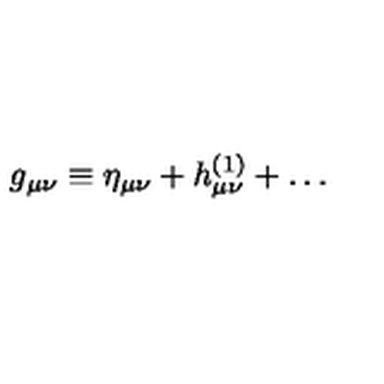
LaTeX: g _ { \mu \nu } \equiv \eta _ { \mu \nu } + h _ { \mu \nu } ^ { ( 1 ) } + \ldots